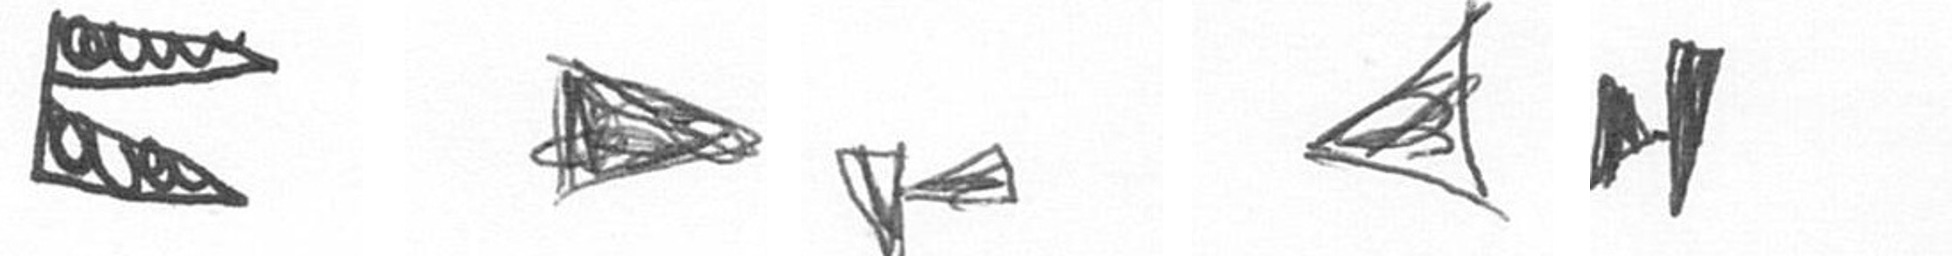
P T F O M